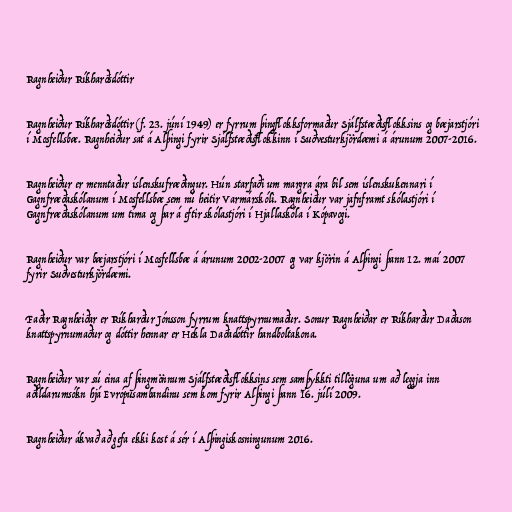
Ragnheiður Ríkharðsdóttir

Ragnheiður Ríkharðsdóttir (f. 23. júní 1949) er fyrrum þingflokksformaður Sjálfstæðisflokksins og bæjarstjóri
í Mosfellsbæ. Ragnheiður sat á Alþingi fyrir Sjálfstæðisflokkinn í Suðvesturkjördæmi á árunum 2007-2016.

Ragnheiður er menntaður íslenskufræðingur. Hún starfaði um margra ára bil sem íslenskukennari í
Gagnfræðaskólanum í Mosfellsbæ sem nú heitir Varmárskóli. Ragnheiður var jafnframt skólastjóri í
Gagnfræðaskólanum um tíma og þar á eftir skólastjóri í Hjallaskóla í Kópavogi.

Ragnheiður var bæjarstjóri í Mosfellsbæ á árunum 2002-2007 og var kjörin á Alþingi þann 12. maí 2007
fyrir Suðvesturkjördæmi.

Faðir Ragnheiðar er Ríkharður Jónsson fyrrum knattspyrnumaður. Sonur Ragnheiðar er Ríkharður Daðason
knattspyrnumaður og dóttir hennar er Hekla Daðadóttir handboltakona.

Ragnheiður var sú eina af þingmönnum Sjálfstæðisflokksins sem samþykkti tillöguna um að leggja inn
aðildarumsókn hjá Evrópusambandinu sem kom fyrir Alþingi þann 16. júlí 2009.

Ragnheiður ákvað að gefa ekki kost á sér í Alþingiskosningunum 2016.